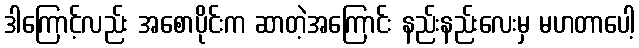
ဒါကြောင့်လည်း အစောပိုင်းက ဆာတဲ့အကြောင်း နည်းနည်းလေးမှ မဟတာပေါ့